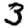
Digit: 3